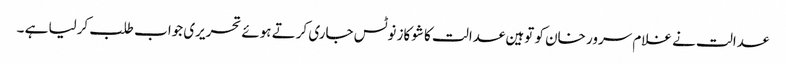
عدالت نے غلام سرور خان کو توہین عدالت کا شوکاز نوٹس جاری کرتے ہوئے تحریری جواب طلب کرلیا ہے ۔